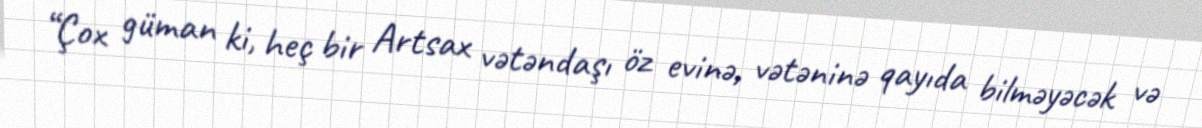
“Çox güman ki, heç bir Artsax vətəndaşı öz evinə, vətəninə qayıda bilməyəcək və